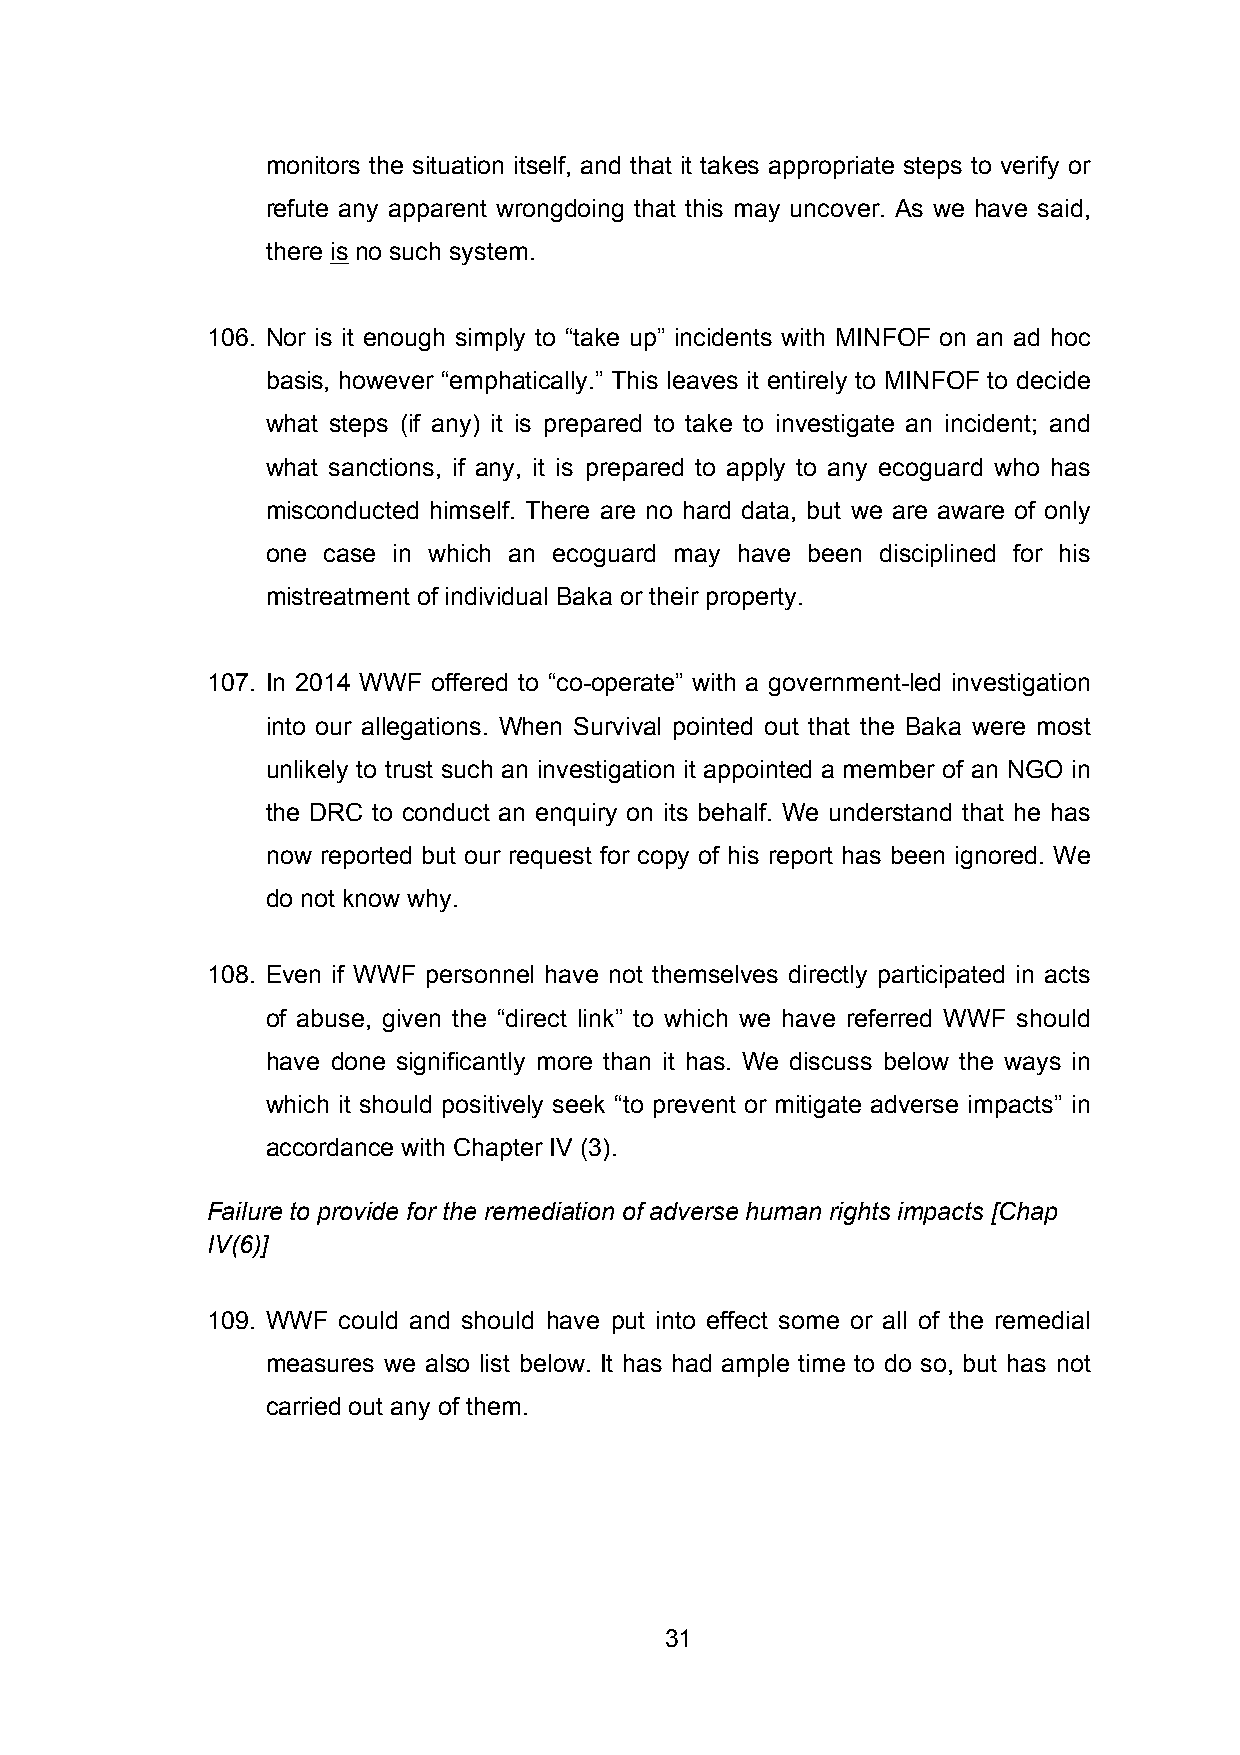
monitors the situation itself, and that it takes appropriate steps to verify or
 refute any apparent wrongdoing that this may uncover. As we have said,
 there is no such system.
 106. Nor is it enough simply to “take up” incidents with MINFOF on an ad hoc
 basis, however “emphatically.” This leaves it entirely to MINFOF to decide
 what steps (if any) it is prepared to take to investigate an incident; and
 what sanctions, if any, it is prepared to apply to any ecoguard who has
 misconducted himself. There are no hard data, but we are aware of only
 one case in which an ecoguard may have been disciplined for his
 mistreatment of individual Baka or their property.
 107. In 2014 WWF offered to “co-operate” with a government-led investigation
 into our allegations. When Survival pointed out that the Baka were most
 unlikely to trust such an investigation it appointed a member of an NGO in
 the DRC to conduct an enquiry on its behalf. We understand that he has
 now reported but our request for copy of his report has been ignored. We
 do not know why.
 108. Even if WWF personnel have not themselves directly participated in acts
 of abuse, given the “direct link” to which we have referred WWF should
 have done significantly more than it has. We discuss below the ways in
 which it should positively seek “to prevent or mitigate adverse impacts” in
 accordance with Chapter IV (3).
 Failure to provide for the remediation of adverse human rights impacts [Chap
 IV(6)]
 109. WWF could and should have put into effect some or all of the remedial
 measures we also list below. It has had ample time to do so, but has not
 carried out any of them.
 31